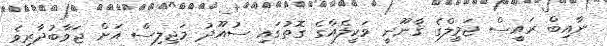
ނާއިބް ރައީސް ޖަމީލްގެ ޤާނޫނީ ވަކީލެއްގެ ގޮތުގައި ސުއޫދު މަޖިލިސް އަށް ޖަވާބުދާރިވެ